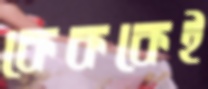
কেককেই